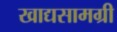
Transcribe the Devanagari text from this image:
खाद्यसामग्री